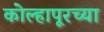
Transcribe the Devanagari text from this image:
कोल्‍हापूरच्या